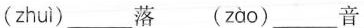
(zhuì )___落 ( zào )___音